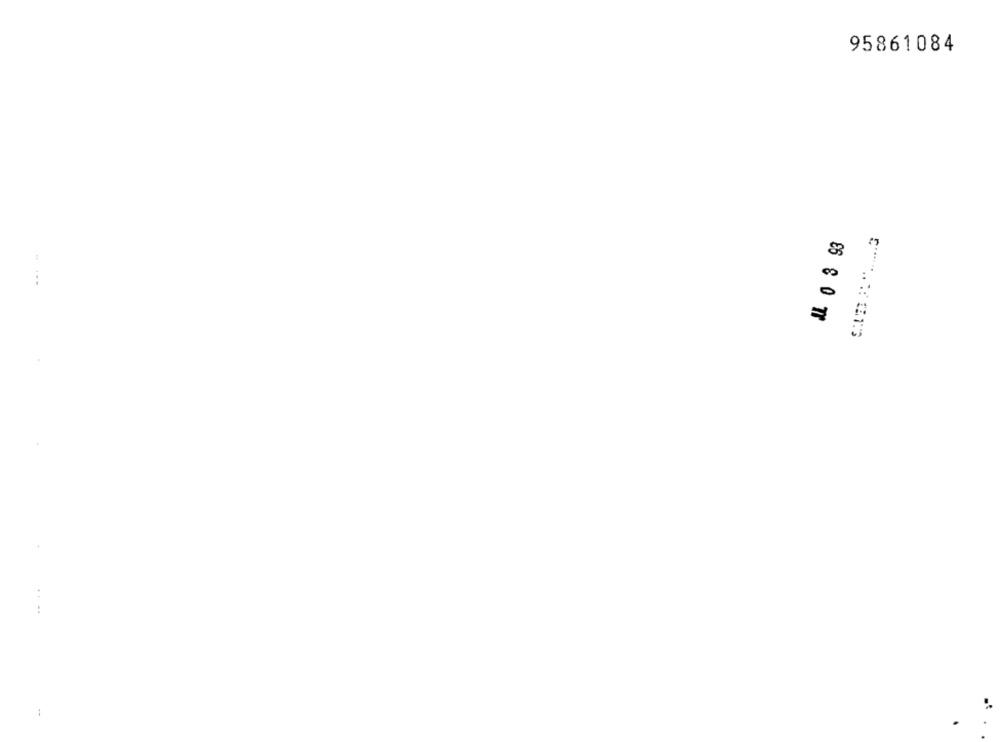
95861084
1